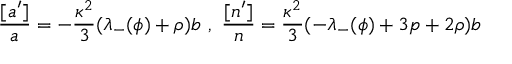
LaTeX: \frac { [ a ^ { \prime } ] } { a } = - \frac { \kappa ^ { 2 } } { 3 } ( \lambda _ { - } ( \phi ) + \rho ) b \mathrm { ~ , ~ } \frac { [ n ^ { \prime } ] } { n } = \frac { \kappa ^ { 2 } } { 3 } ( - \lambda _ { - } ( \phi ) + 3 p + 2 \rho ) b